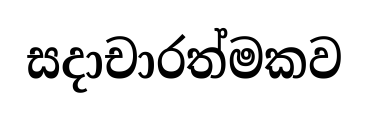
සදාචාරත්මකව